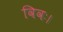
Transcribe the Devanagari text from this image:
विवः।